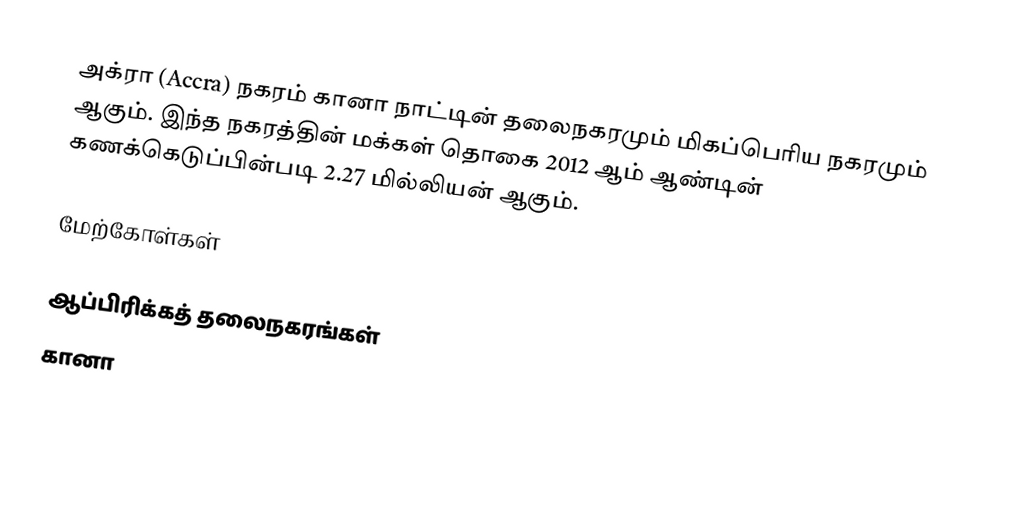
அக்ரா (Accra) நகரம் கானா நாட்டின் தலைநகரமும் மிகப்பெரிய நகரமும் ஆகும். இந்த நகரத்தின் மக்கள் தொகை 2012 ஆம் ஆண்டின் கணக்கெடுப்பின்படி 2.27 மில்லியன் ஆகும்.

மேற்கோள்கள்

ஆப்பிரிக்கத் தலைநகரங்கள்
கானா